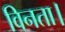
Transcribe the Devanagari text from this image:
विनता।